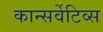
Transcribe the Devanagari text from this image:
कान्सर्वेटिव्स